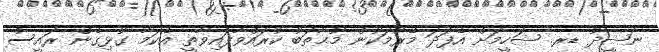
ނަޝީދު ޑރ. ޝަހީމަށް އެފަދަ މޭރުމަކުން މުޙާތަބު ކުރައްވާފައިވާތީ އެކަމާ ގުޅިގެން ރައީސް